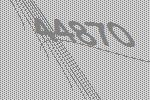
44870